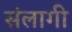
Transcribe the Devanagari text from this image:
संलागी